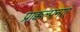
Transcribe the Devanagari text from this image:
प्राक्कल्पनाएं